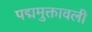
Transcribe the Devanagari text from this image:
पद्ममुक्तावली